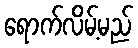
ရောက်လိမ့်မည်